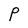
Character: P